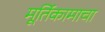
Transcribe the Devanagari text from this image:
मूर्तिकामाचा